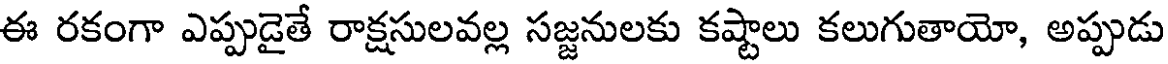
ఈ రకంగా ఎప్పుడైతే రాక్షసులవల్ల సజ్జనులకు కష్టాలు కలుగుతాయో, అప్పుడు